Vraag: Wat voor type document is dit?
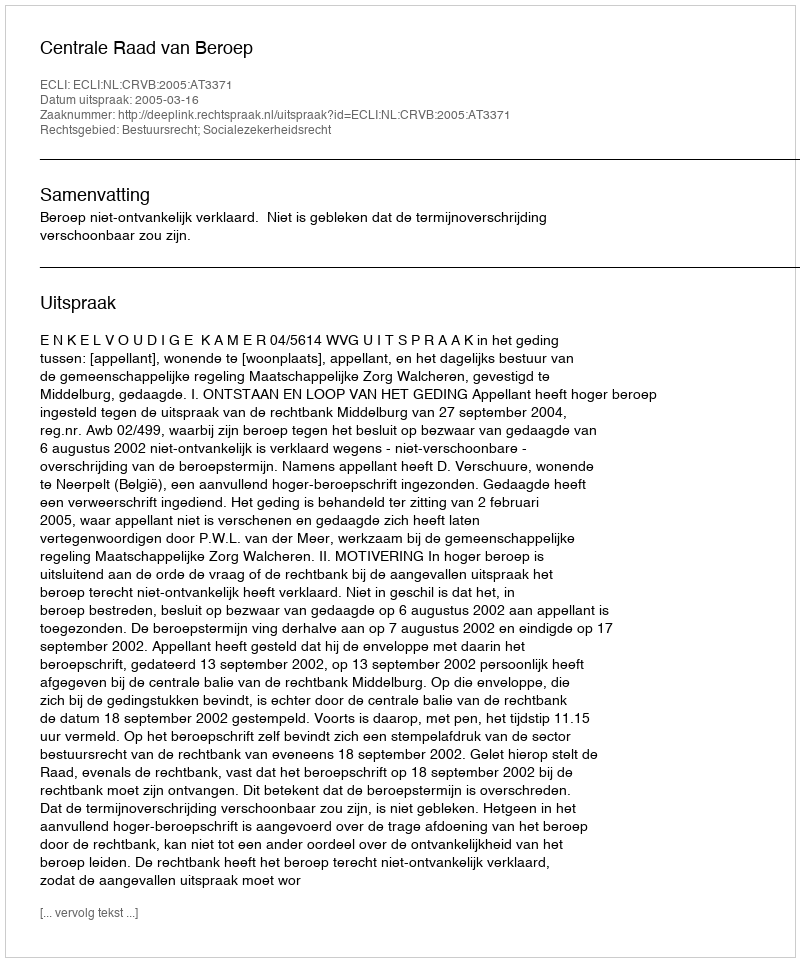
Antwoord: Uitspraak